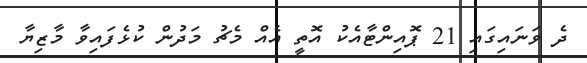
ދެ ވަނައިގައި 21 ޕޮއިންޓާއެކު އޮތީ އެއް މެޗު މަދުން ކުޅެފައިވާ މާޒިޔާ